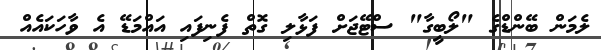
ލެމަން ބޭންޑްގެ "ލޯބީގާ" ސްޓޭޖަށް ފަޅާލި ގޮތް ފެނިފައި އައްމަޑޭ އެ ވާހަކައެއް